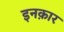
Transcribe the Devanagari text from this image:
इनक़ार